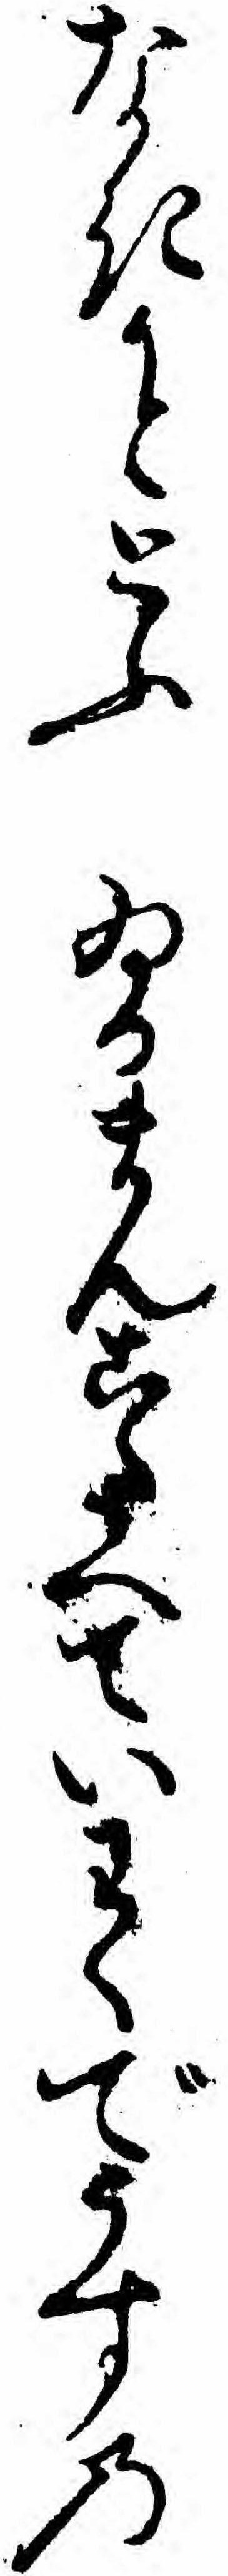
なきかととふゐるまんこたへていわくでうすの